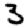
Digit: 3